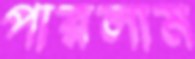
পারলাম